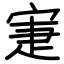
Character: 寁